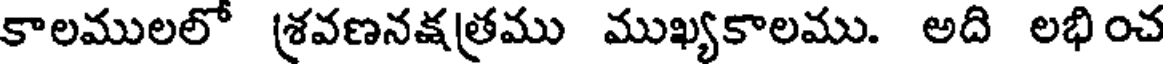
కాలములలో శ్రవణనక్షత్రము ముఖ్యకాలము. అది లభించ